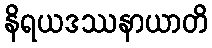
နိရယဒဿနာယာတိ